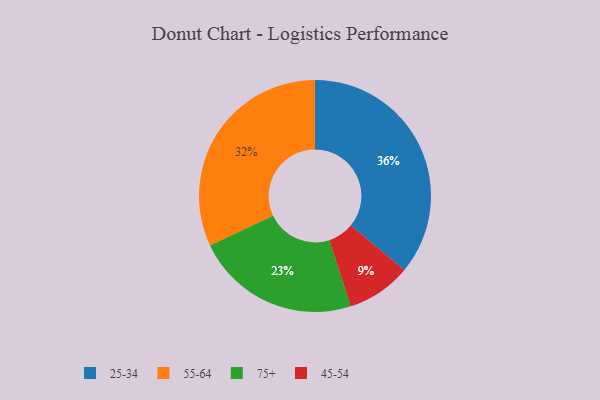
{"axis": {"x": "Category", "y": "Percentage"}, "legend": ["25-34", "45-54", "55-64", "75+"], "data": [{"x": "55-64", "y": 32, "type": "55-64"}, {"x": "25-34", "y": 36, "type": "25-34"}, {"x": "75+", "y": 23, "type": "75+"}, {"x": "45-54", "y": 9, "type": "45-54"}]}